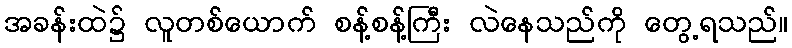
အခန်းထဲ၌ လူတစ်ယောက် စန့်စန့်ကြီး လဲနေသည်ကို တွေ့ရသည်။